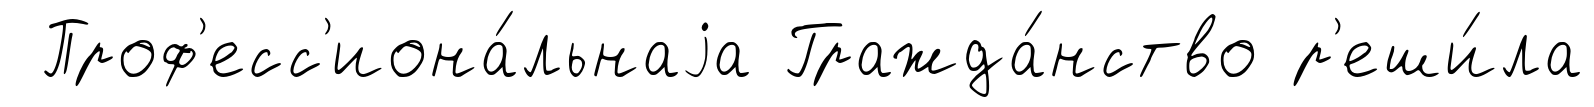
Проф'есс'иона́льнаjа Гражда́нство р'еши́ла